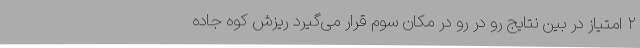
۲ امتیاز در بین نتایج رو در رو در مکان سوم قرار می‌گیرد ریزش کوه جاده